On the action of the venoms of the cobra (Naja tripudians) and of the daboia (Daboia russellii) on the red blood corpuscles and on the blood plasma - Number 4
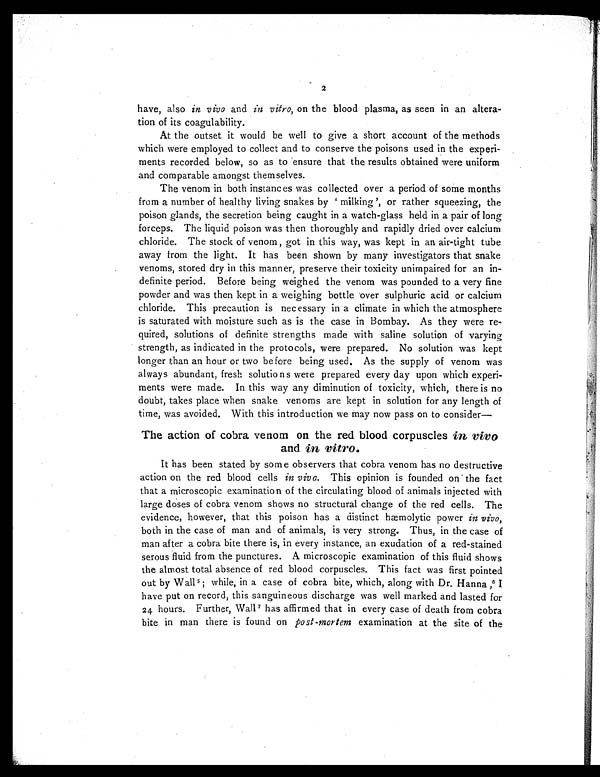
2
have, also in vivo and in vitro, on the blood plasma, as seen in an altera-
tion of its coagulability.
At the outset it would be well to give a short account of the methods
which were employed to collect and to conserve the poisons used in the experi-
ments recorded below, so as to ensure that the results obtained were uniform
and comparable amongst themselves.
The venom in both instances was collected over a period of some months
from a number of healthy living snakes by 'milking', or rather squeezing, the
poison glands, the secretion being caught in a watch-glass held in a pair of long
forceps. The liquid poison was then thoroughly and rapidly dried over calcium
chloride. The stock of venom, got in this way, was kept in an air-tight tube
away from the light. It has been shown by many investigators that snake
venoms, stored dry in this manner, preserve their toxicity unimpaired for an in-
definite period. Before being weighed the venom was pounded to a very fine
powder and was then kept in a weighing bottle over sulphuric acid or calcium
chloride. This precaution is necessary in a climate in which the atmosphere
is saturated with moisture such as is the case in Bombay. As they were re-
quired, solutions of definite strengths made with saline solution of varying
strength, as indicated in the protocols, were prepared. No solution was kept
longer than an hour or two before being used. As the supply of venom was
always abundant, fresh solutions were prepared every day upon which experi-
ments were made. In this way any diminution of toxicity, which, there is no
doubt, takes place when snake venoms are kept in solution for any length of
time, was avoided. With this introduction we may now pass on to consider—
The action of cobra venom on the red blood corpuscles in vivo
and in vitro.
It has been stated by some observers that cobra venom has no destructive
action on the red blood cells in viva. This opinion is founded on the fact
that a microscopic examination of the circulating blood of animals injected with
large doses of cobra venom shows no structural change of the red cells. The
evidence, however, that this poison has a distinct hæmolytic power in vivo,
both in the case of man and of animals, is very strong. Thus, in the case of
man after a cobra bite there is, in every instance, an exudation of a red-stained
serous fluid from the punctures. A microscopic examination of this fluid shows
the almost total absence of red blood corpuscles. This fact was first pointed
out by Wall 5 ; while, in a case of cobra bite, which, along with Dr. Hanna ,6 I
have put on record, this sanguineous discharge was well marked and lasted for
24 hours. Further, Wall 7 h a s a f f i r m e d t h a t i n e v e r y c a s e o f d e a t h f r o m c o b r a
bite in man there is found on post-mortem examination at the site of the